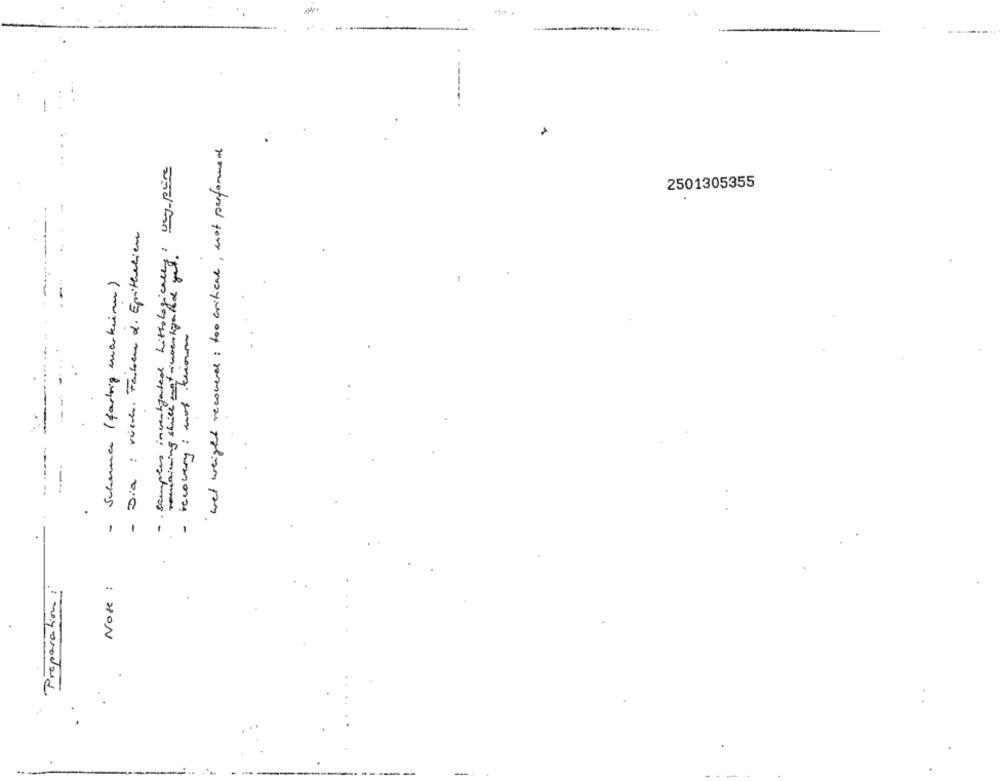
wat weight recovered : too critical , not preformed
·· samples investigated histologically: very pre
2501305355
- Dia : visch. Farben d. Epithelien
- Schermen ( farlig markennu )
- recovery : mot tram
.
Note :
Preparation: